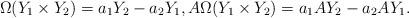
LaTeX: \begin{align*}\Omega (Y_1 \times Y_2)&= a_1 Y_2 - a_2 Y_1, A \Omega (Y_1 \times Y_2)= a_1 A Y_2 - a_2 A Y_1.\end{align*}